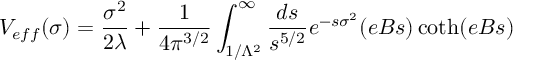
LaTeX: V _ { e f f } ( \sigma ) = { \frac { \sigma ^ { 2 } } { 2 \lambda } } + { \frac { 1 } { 4 \pi ^ { 3 / 2 } } } \int _ { 1 / \Lambda ^ { 2 } } ^ { \infty } { \frac { d s } { s ^ { 5 / 2 } } } e ^ { - s \sigma ^ { 2 } } ( e B s ) \coth ( e B s )